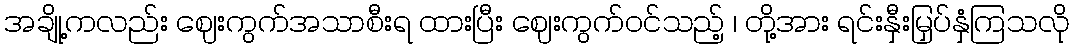
အချို့ကလည်း ဈေးကွက်အသာစီးရ ထားပြီး ဈေးကွက်ဝင်သည့် ၊ တို့အား ရင်းနှီးမြှပ်နှံကြသလို